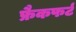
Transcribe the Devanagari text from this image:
फ्रैकफर्ट